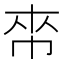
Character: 𢂯